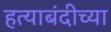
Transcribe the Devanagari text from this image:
हत्याबंदीच्या